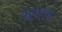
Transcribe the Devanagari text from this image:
शुयान